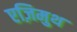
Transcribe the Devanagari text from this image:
एज़िमुथ